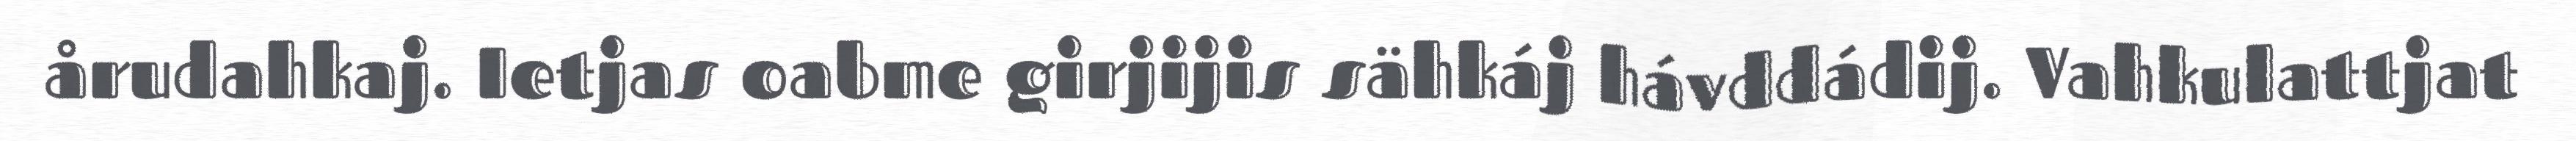
årudahkaj. Ietjas oabme girjijis sähkáj hávddádij. Vahkulattjat